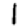
Digit: 1